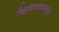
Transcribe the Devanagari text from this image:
व्हियेतनामातून